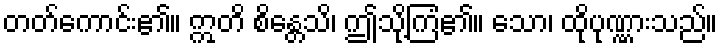
တတ်ကောင်း၏။ ဣတိ စိန္တေသိ၊ ဤသို့ကြံ၏။ သော၊ ထိုပုဏ္ဏားသည်။